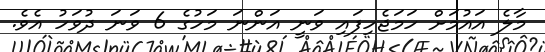
މާލެ އައުމަށް ހަމަޖެހިފައި ވަނީ އަންނަ މަހުގެ 6 ވަނަ ދުވަހު އެވެ.